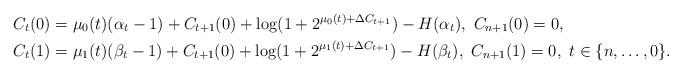
LaTeX: \begin{align*}C_{t}(0)&=\mu_0(t)(\alpha_{t}-1)+C_{t+1}(0)+\log(1+2^{\mu_0(t)+\Delta{C}_{t+1}})-H(\alpha_{t}),~C_{n+1}(0)=0,\\~C_{t}(1)&=\mu_1(t)(\beta_{t}-1)+{C}_{t+1}(0)+\log(1+2^{\mu_1(t)+\Delta{C}_{t+1}})-H(\beta_{t}),~C_{n+1}(1)=0,~t\in\{n,\ldots,0\}.\end{align*}